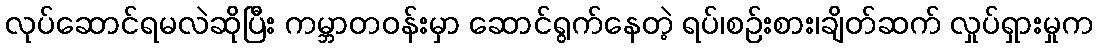
လုပ်ဆောင်ရမလဲဆိုပြီး ကမ္ဘာတဝန်းမှာ ဆောင်ရွက်နေတဲ့ ရပ်၊စဉ်းစား၊ချိတ်ဆက် လှုပ်ရှားမှုက